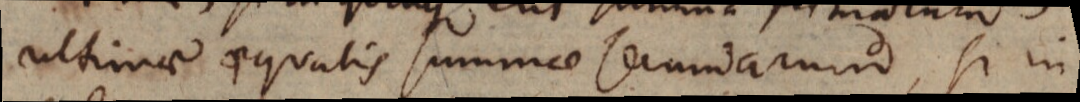
ultinae aequalis summae secundarum, si in